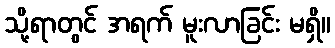
သို့ရာတွင် အရက် မူးလာခြင်း မရှိ။